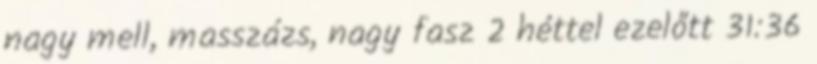
nagy mell, masszázs, nagy fasz 2 héttel ezelőtt 31:36